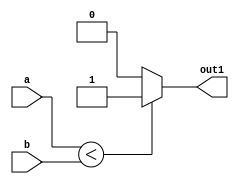
module compare(a,b,out1);
input [7:0]a;
input [7:0]b;
output out1;
reg out1;
always@(a,b)
begin
if(a<b)
out1=1'b1;
else
out1=1'b0;
end
endmodule